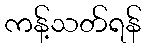
ကန့်သတ်ရန်